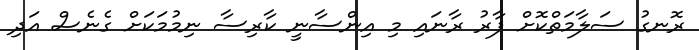
ރޮނގު ސަލާމަތްކޮށް ފާރު ރާނައި މި އިންސާނީ ކާރިސާ ނިމުމަކަށް ގެނެސް އަދި